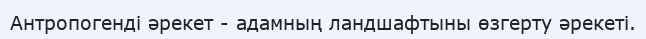
Антропогенді әрекет - адамның ландшафтыны өзгерту әрекеті.